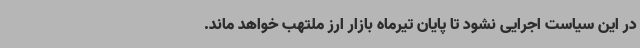
در این سیاست اجرایی نشود تا پایان تیرماه بازار ارز ملتهب خواهد ماند.